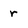
Character: r